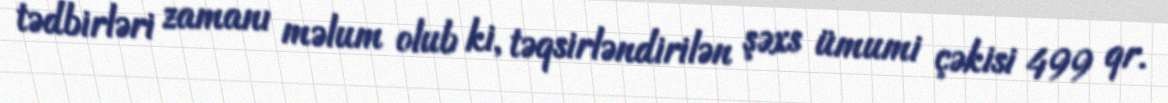
tədbirləri zamanı məlum olub ki, təqsirləndirilən şəxs ümumi çəkisi 499 qr.